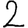
Digit: 2